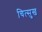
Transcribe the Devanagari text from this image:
चित्सुख